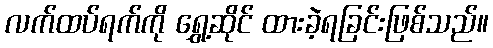
လက်ထပ်ရက်ကို ရွှေ့ဆိုင် ထားခဲ့ရခြင်းဖြစ်သည်။